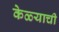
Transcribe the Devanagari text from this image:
केळ्याची